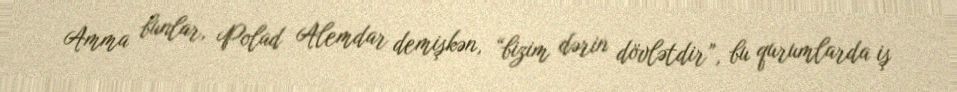
Amma bunlar, Polad Alemdar demişkən, “bizim dərin dövlətdir”, bu qurumlarda iş